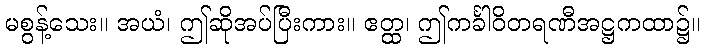
မစွန့်သေး။ အယံ၊ ဤဆိုအပ်ပြီးကား။ ဧတ္ထ၊ ဤကင်္ခါဝိတရဏီအဋ္ဌကထာ၌။